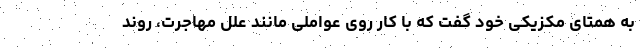
به همتای مکزیکی خود گفت که با کار روی عواملی مانند علل مهاجرت، روند